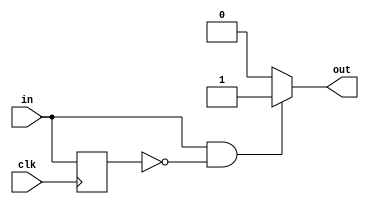
/*
   This file was generated automatically by the Mojo IDE version B1.3.6.
   Do not edit this file directly. Instead edit the original Lucid source.
   This is a temporary file and any changes made to it will be destroyed.
*/

/*
   Parameters:
     RISE = 1
     FALL = 0
*/
module edge_detector_12 (
    input clk,
    input in,
    output reg out
  );
  
  localparam RISE = 1'h1;
  localparam FALL = 1'h0;
  
  
  reg M_last_d, M_last_q = 1'h0;
  
  always @* begin
    M_last_d = M_last_q;
    
    out = 1'h0;
    M_last_d = in;
    if (1'h1) begin
      if (in == 1'h1 && M_last_q == 1'h0) begin
        out = 1'h1;
      end
    end
    if (1'h0) begin
      if (in == 1'h0 && M_last_q == 1'h1) begin
        out = 1'h1;
      end
    end
  end
  
  always @(posedge clk) begin
    M_last_q <= M_last_d;
  end
  
endmodule